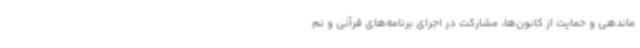
ماندهی و حمایت از کانون‌ها، مشارکت در اجرای برنامه‌های قرآنی و نم